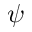
\boldsymbol \psi